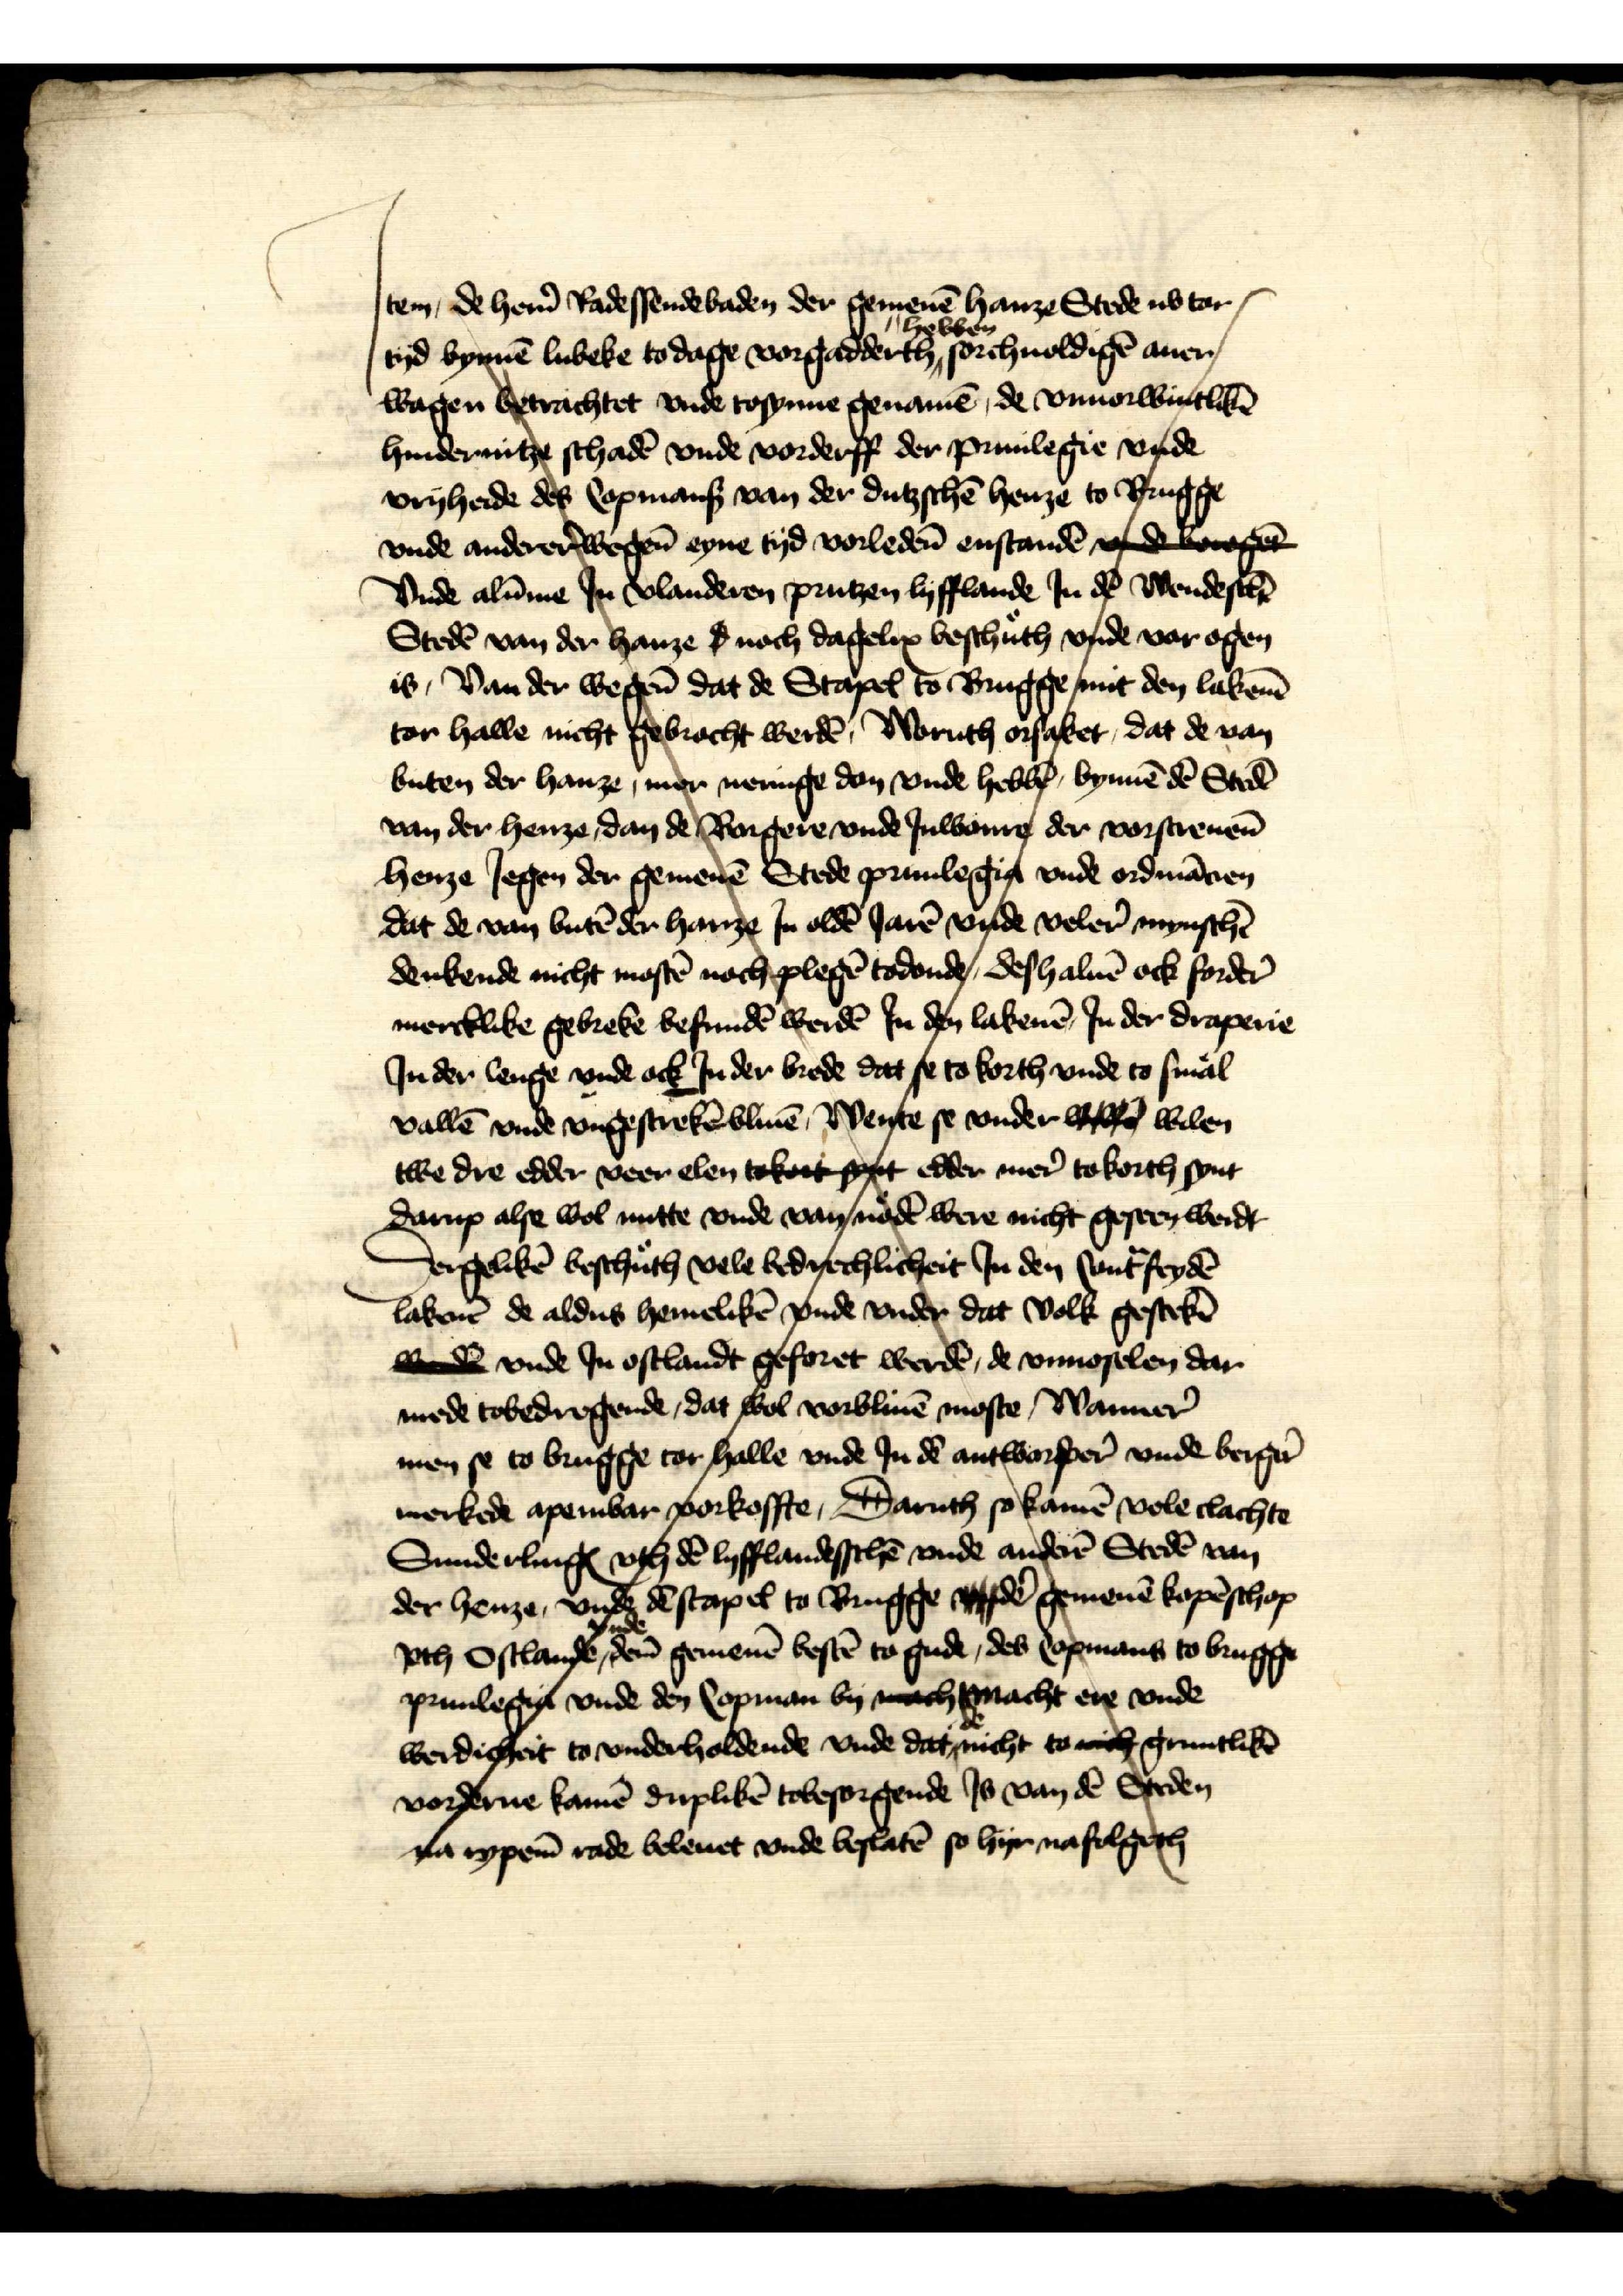
Item, de her̉n Radessendebaden der gemenē hanze Stede ub tor 
zebben
tyd bynnē Lubeke to dage vorssadderth sorchuoldigē auer 
wagen betrachtet vnde tospnne genamē, de vnuorwintlikē 
hinderuntze schadē vnde vorderff der priuilegie vnde 
vryheide des Copmans van der dutzschē henze to Brugge 
vnde anderer̉wegen eyne tyd vorleden̄ enstanden v drger 
Vnde alūme Jn vlanderen prutzen Lyfflande Jn dē Wendeswē 
Stedē van der hanze d noch dagelix beschuth vnde var ogen 
is, Van der wegen dat de Stapel to Brugge mit den laken̄ 
tor halle nicht gebracht werdē, Woruth orsaket, dat de van 
buten der hanze, mer nennge don vnde hebbb̄, bynnē dē Stedē 
van der henze dan de worgere vnde Juwonre der vorscreueē 
henze Jegen der gemenē Stede priuilegig vnde ordinācien 
dat de van butēder hanze Jn oldē Jarē vnde vele mynschē 
denkende nicht mostē noch plegē todonde, deshaluē ock forder̉ 
mercklike gebreke befundē werdē Jn den lakeuē Jn der drapenē 
Jn der lenge vnde ock Jn der brede dat se to korth vnde to smal
Vallē vnde vngescrekē bliuē, Wente se vnder wwen welen 
twe dre edder veer elen tokort synt edder mer tokorth synt
darup alse wol nutte vnde van nodē were nicht geseen werdt 
Dergelikē beschuth vele bedrechlicheit Jn den sunt ftydē 
laken de aldus hemelikē vnde vnder dat volk gestekē 
wede vnde Jn ostlandt geforet werdēn, de vmoselen dar
mede tobedregende, dat wol vorbliuē moste, Wanner 
men se to brugge tor halle vnde Jn dē antworster̉ vnde berger 
merkede apembar vorkoffte, Daruth so kamē vole clachte 
Sunderling vth dē lyfflandesschē vnde anderē Stedē van 
der henze, vnde dē stapel to Brugge efde gemenē kopēschop 
Jth Sstlande, deme gemenē bestē to gude, des Copmans to brugge 
priuilegige vnde den Copman by machtnacht ere vnde
werdigheit to vnderholdende vnde dat nicht to nich gruntlikē 
vorderuē kamē duplikē tobesorgende Js van dē Ssteden 
na rypene rade beleuet vnde bestatē so hyr nasolgēgh